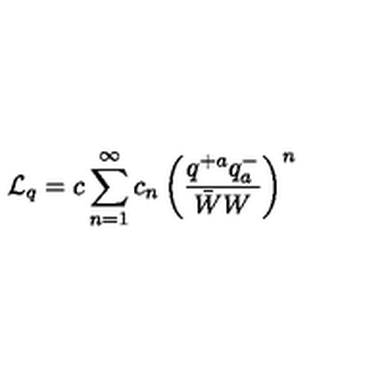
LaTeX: { \cal L } _ { q } = c \sum _ { n = 1 } ^ { \infty } c _ { n } \left( \frac { q ^ { + a } q _ { a } ^ { - } } { \bar { W } W } \right) ^ { n }